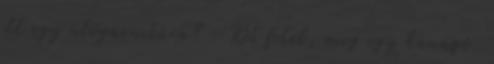
itt egy ülőgarnitúra? : Két fotel, meg egy kanapé.